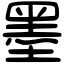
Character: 墨